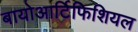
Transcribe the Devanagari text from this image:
बायोआर्टिफिशियल